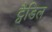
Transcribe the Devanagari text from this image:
ट्वैडिल